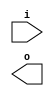
module buffer( i , o );
  input i ;
  output o ;
endmodule
module inverter( i , o );
  input i ;
  output o ;
endmodule
module top( x0 , x1 , x2 , x3 , x4 , x5 , x6 , x7 , x8 , x9 , x10 , x11 , x12 , x13 , x14 , x15 , x16 , x17 , x18 , x19 , x20 , x21 , x22 , x23 , x24 , x25 , x26 , y0 , y1 , y2 , y3 , y4 , y5 );
  input x0 , x1 , x2 , x3 , x4 , x5 , x6 , x7 , x8 , x9 , x10 , x11 , x12 , x13 , x14 , x15 , x16 , x17 , x18 , x19 , x20 , x21 , x22 , x23 , x24 , x25 , x26 ;
  output y0 , y1 , y2 , y3 , y4 , y5 ;
  wire n28 , n29 , n30 , n31 , n32 , n33 , n34 , n35 , n36 , n37 , n38 , n39 , n40 , n41 , n42 , n43 , n44 , n45 , n46 , n47 , n48 , n49 , n50 , n51 , n52 , n53 , n54 , n55 , n56 , n57 , n58 , n59 , n60 , n61 , n62 , n63 , n64 , n65 , n66 , n67 , n68 , n69 , n70 , n71 , n72 , n73 , n74 , n75 , n76 , n77 , n78 , n79 , n80 , n81 , n82 , n83 , n84 , n85 , n86 , n87 , n88 , n89 , n90 , n91 , n92 , n93 , n94 , n95 , n96 , n97 , n98 , n99 , n100 , n101 , n102 , n103 , n104 , n105 , n106 , n107 , n108 , n109 , n110 , n111 , n112 , n113 , n114 , n115 , n116 , n117 , n118 , n119 , n120 , n121 , n122 , n123 , n124 , n125 , n126 , n127 , n128 , n129 , n130 , n131 , n132 , n133 , n134 , n135 , n136 , n137 , n138 , n139 , n140 , n141 , n142 , n143 , n144 , n145 , n146 , n147 , n148 , n149 , n150 , n151 , n152 , n153 , n154 , n155 , n156 , n157 , n158 , n159 , n160 , n161 , n162 , n163 , n164 , n165 , n166 , n167 , n168 , n169 , n170 , n171 , n172 , n173 , n174 , n175 , n176 , n177 , n178 , n179 , n180 , n181 , n182 , n183 , n184 , n185 , n186 , n187 , n188 , n189 , n190 , n191 , n192 , n193 , n194 , n195 , n196 , n197 , n198 , n199 , n200 , n201 , n202 , n203 , n204 , n205 , n206 , n207 , n208 , n209 , n210 , n211 , n212 , n213 , n214 , n215 , n216 , n217 , n218 , n219 , n220 , n221 , n222 , n223 , n224 , n225 , n226 , n227 , n228 , n229 , n230 , n231 , n232 , n233 , n234 , n235 , n236 , n237 , n238 , n239 , n240 , n241 , n242 , n243 , n244 , n245 , n246 , n247 , n248 , n249 , n250 , n251 , n252 , n253 , n254 , n255 , n256 , n257 , n258 , n259 , n260 , n261 , n262 , n263 , n264 , n265 , n266 , n267 , n268 , n269 , n270 , n271 , n272 , n273 , n274 , n275 , n276 , n277 , n278 , n279 , n280 , n281 , n282 , n283 , n284 , n285 , n286 , n287 , n288 , n289 , n290 , n291 , n292 , n293 , n294 , n295 , n296 , n297 , n298 , n299 , n300 , n301 , n302 , n303 , n304 , n305 , n306 , n307 , n308 , n309 , n310 , n311 , n312 , n313 , n314 , n315 , n316 , n317 , n318 , n319 , n320 , n321 , n322 , n323 , n324 , n325 , n326 , n327 , n328 , n329 , n330 , n331 , n332 , n333 , n334 , n335 , n336 , n337 , n338 , n339 , n340 , n341 , n342 , n343 , n344 , n345 , n346 , n347 , n348 , n349 , n350 , n351 , n352 , n353 , n354 , n355 , n356 , n357 , n358 , n359 , n360 , n361 , n362 , n363 , n364 , n365 , n366 , n367 , n368 , n369 , n370 , n371 , n372 , n373 , n374 , n375 , n376 , n377 , n378 , n379 , n380 , n381 , n382 , n383 , n384 , n385 , n386 , n387 , n388 , n389 , n390 , n391 , n392 , n393 , n394 , n395 , n396 , n397 , n398 , n399 , n400 , n401 , n402 , n403 , n404 , n405 , n406 , n407 , n408 , n409 , n410 , n411 , n412 , n413 , n414 , n415 , n416 , n417 , n418 , n419 , n420 , n421 , n422 , n423 , n424 , n425 , n426 , n427 , n428 , n429 , n430 , n431 , n432 , n433 , n434 , n435 , n436 , n437 , n438 , n439 , n440 , n441 , n442 , n443 , n444 , n445 , n446 , n447 , n448 , n449 , n450 , n451 , n452 , n453 , n454 , n455 , n456 , n457 , n458 , n459 , n460 , n461 , n462 , n463 , n464 , n465 , n466 , n467 , n468 , n469 , n470 , n471 , n472 , n473 , n474 , n475 , n476 , n477 , n478 , n479 , n480 , n481 , n482 , n483 , n484 , n485 , n486 , n487 , n488 , n489 , n490 , n491 , n492 , n493 , n494 , n495 , n496 , n497 , n498 , n499 , n500 , n501 , n502 , n503 , n504 , n505 , n506 , n507 , n508 , n509 , n510 , n511 , n512 , n513 , n514 , n515 , n516 , n517 , n518 , n519 , n520 , n521 , n522 , n523 , n524 , n525 , n526 , n527 , n528 , n529 , n530 , n531 , n532 , n533 , n534 , n535 , n536 , n537 , n538 , n539 , n540 , n541 , n542 , n543 , n544 , n545 ;
  buffer buf_n56( .i (x2), .o (n56) );
  buffer buf_n57( .i (n56), .o (n57) );
  buffer buf_n58( .i (n57), .o (n58) );
  buffer buf_n59( .i (n58), .o (n59) );
  buffer buf_n60( .i (n59), .o (n60) );
  buffer buf_n61( .i (n60), .o (n61) );
  buffer buf_n62( .i (n61), .o (n62) );
  buffer buf_n63( .i (n62), .o (n63) );
  buffer buf_n64( .i (n63), .o (n64) );
  buffer buf_n65( .i (n64), .o (n65) );
  buffer buf_n66( .i (n65), .o (n66) );
  buffer buf_n67( .i (n66), .o (n67) );
  buffer buf_n43( .i (x1), .o (n43) );
  buffer buf_n44( .i (n43), .o (n44) );
  buffer buf_n45( .i (n44), .o (n45) );
  buffer buf_n46( .i (n45), .o (n46) );
  buffer buf_n47( .i (n46), .o (n47) );
  buffer buf_n48( .i (n47), .o (n48) );
  buffer buf_n49( .i (n48), .o (n49) );
  buffer buf_n50( .i (n49), .o (n50) );
  buffer buf_n51( .i (n50), .o (n51) );
  buffer buf_n52( .i (n51), .o (n52) );
  buffer buf_n53( .i (n52), .o (n53) );
  buffer buf_n70( .i (x3), .o (n70) );
  buffer buf_n71( .i (n70), .o (n71) );
  buffer buf_n72( .i (n71), .o (n72) );
  buffer buf_n73( .i (n72), .o (n73) );
  buffer buf_n74( .i (n73), .o (n74) );
  buffer buf_n75( .i (n74), .o (n75) );
  buffer buf_n76( .i (n75), .o (n76) );
  buffer buf_n77( .i (n76), .o (n77) );
  buffer buf_n78( .i (n77), .o (n78) );
  buffer buf_n79( .i (n78), .o (n79) );
  buffer buf_n80( .i (n79), .o (n80) );
  assign n240 = ( n53 & n66 ) | ( n53 & n80 ) | ( n66 & n80 ) ;
  buffer buf_n81( .i (x4), .o (n81) );
  buffer buf_n82( .i (n81), .o (n82) );
  buffer buf_n83( .i (n82), .o (n83) );
  buffer buf_n84( .i (n83), .o (n84) );
  buffer buf_n85( .i (n84), .o (n85) );
  buffer buf_n86( .i (n85), .o (n86) );
  buffer buf_n87( .i (n86), .o (n87) );
  buffer buf_n88( .i (n87), .o (n88) );
  buffer buf_n89( .i (n88), .o (n89) );
  buffer buf_n90( .i (n89), .o (n90) );
  buffer buf_n91( .i (n90), .o (n91) );
  assign n241 = n53 & ~n91 ;
  assign n242 = ( ~n67 & n240 ) | ( ~n67 & n241 ) | ( n240 & n241 ) ;
  buffer buf_n243( .i (n242), .o (n243) );
  buffer buf_n244( .i (n243), .o (n244) );
  buffer buf_n28( .i (x0), .o (n28) );
  buffer buf_n29( .i (n28), .o (n29) );
  buffer buf_n30( .i (n29), .o (n30) );
  buffer buf_n31( .i (n30), .o (n31) );
  buffer buf_n32( .i (n31), .o (n32) );
  buffer buf_n33( .i (n32), .o (n33) );
  buffer buf_n34( .i (n33), .o (n34) );
  buffer buf_n35( .i (n34), .o (n35) );
  buffer buf_n36( .i (n35), .o (n36) );
  buffer buf_n37( .i (n36), .o (n37) );
  buffer buf_n38( .i (n37), .o (n38) );
  buffer buf_n39( .i (n38), .o (n39) );
  buffer buf_n40( .i (n39), .o (n40) );
  buffer buf_n41( .i (n40), .o (n41) );
  assign n245 = ( ~n52 & n65 ) | ( ~n52 & n79 ) | ( n65 & n79 ) ;
  assign n246 = ~n52 & n90 ;
  assign n247 = ( ~n80 & n245 ) | ( ~n80 & n246 ) | ( n245 & n246 ) ;
  buffer buf_n116( .i (x8), .o (n116) );
  buffer buf_n117( .i (n116), .o (n117) );
  buffer buf_n118( .i (n117), .o (n118) );
  buffer buf_n119( .i (n118), .o (n119) );
  buffer buf_n120( .i (n119), .o (n120) );
  buffer buf_n112( .i (x7), .o (n112) );
  buffer buf_n113( .i (n112), .o (n113) );
  buffer buf_n114( .i (n113), .o (n114) );
  buffer buf_n115( .i (n114), .o (n115) );
  assign n248 = n115 & ~n119 ;
  buffer buf_n99( .i (x6), .o (n99) );
  buffer buf_n100( .i (n99), .o (n100) );
  buffer buf_n101( .i (n100), .o (n101) );
  assign n249 = ~n101 & n114 ;
  assign n250 = n119 & n249 ;
  assign n251 = ( n120 & n248 ) | ( n120 & ~n250 ) | ( n248 & ~n250 ) ;
  buffer buf_n252( .i (n251), .o (n252) );
  buffer buf_n253( .i (n252), .o (n253) );
  buffer buf_n92( .i (x5), .o (n92) );
  buffer buf_n93( .i (n92), .o (n93) );
  buffer buf_n94( .i (n93), .o (n94) );
  buffer buf_n95( .i (n94), .o (n95) );
  buffer buf_n96( .i (n95), .o (n96) );
  buffer buf_n97( .i (n96), .o (n97) );
  buffer buf_n98( .i (n97), .o (n98) );
  assign n260 = n98 | n252 ;
  buffer buf_n102( .i (n101), .o (n102) );
  buffer buf_n103( .i (n102), .o (n103) );
  buffer buf_n104( .i (n103), .o (n104) );
  buffer buf_n140( .i (x11), .o (n140) );
  buffer buf_n141( .i (n140), .o (n141) );
  buffer buf_n142( .i (n141), .o (n142) );
  buffer buf_n143( .i (n142), .o (n143) );
  buffer buf_n144( .i (n143), .o (n144) );
  buffer buf_n121( .i (x9), .o (n121) );
  buffer buf_n122( .i (n121), .o (n122) );
  buffer buf_n123( .i (n122), .o (n123) );
  buffer buf_n124( .i (n123), .o (n124) );
  buffer buf_n128( .i (x10), .o (n128) );
  buffer buf_n129( .i (n128), .o (n129) );
  buffer buf_n130( .i (n129), .o (n130) );
  buffer buf_n131( .i (n130), .o (n131) );
  assign n261 = n124 & ~n131 ;
  assign n262 = ( n103 & ~n144 ) | ( n103 & n261 ) | ( ~n144 & n261 ) ;
  assign n263 = ~n104 & n262 ;
  buffer buf_n151( .i (x12), .o (n151) );
  buffer buf_n152( .i (n151), .o (n152) );
  buffer buf_n153( .i (n152), .o (n153) );
  buffer buf_n154( .i (n153), .o (n154) );
  buffer buf_n155( .i (n154), .o (n155) );
  assign n264 = n114 | n118 ;
  buffer buf_n265( .i (n264), .o (n265) );
  assign n272 = n155 & n265 ;
  assign n273 = n104 & n272 ;
  assign n274 = n263 | n273 ;
  assign n275 = ( ~n253 & n260 ) | ( ~n253 & n274 ) | ( n260 & n274 ) ;
  buffer buf_n276( .i (n275), .o (n276) );
  buffer buf_n277( .i (n276), .o (n277) );
  buffer buf_n278( .i (n277), .o (n278) );
  assign n279 = n38 & n277 ;
  assign n280 = ( n247 & n278 ) | ( n247 & n279 ) | ( n278 & n279 ) ;
  buffer buf_n281( .i (n280), .o (n281) );
  assign n282 = ( n41 & n243 ) | ( n41 & ~n281 ) | ( n243 & ~n281 ) ;
  buffer buf_n105( .i (n104), .o (n105) );
  buffer buf_n158( .i (x13), .o (n158) );
  buffer buf_n159( .i (n158), .o (n159) );
  buffer buf_n160( .i (n159), .o (n160) );
  buffer buf_n161( .i (n160), .o (n161) );
  buffer buf_n162( .i (n161), .o (n162) );
  buffer buf_n163( .i (n162), .o (n163) );
  buffer buf_n164( .i (x14), .o (n164) );
  assign n283 = ~n128 & n164 ;
  assign n284 = ~n141 & n283 ;
  buffer buf_n285( .i (n284), .o (n285) );
  buffer buf_n286( .i (n285), .o (n286) );
  buffer buf_n287( .i (n286), .o (n287) );
  assign n288 = ( n115 & n119 ) | ( n115 & n285 ) | ( n119 & n285 ) ;
  assign n289 = n162 & ~n288 ;
  assign n290 = ( n163 & n287 ) | ( n163 & ~n289 ) | ( n287 & ~n289 ) ;
  assign n291 = ~n113 & n159 ;
  assign n292 = ~n118 & n291 ;
  buffer buf_n293( .i (n292), .o (n293) );
  buffer buf_n294( .i (n293), .o (n294) );
  buffer buf_n295( .i (n294), .o (n295) );
  assign n296 = ( ~n105 & n290 ) | ( ~n105 & n295 ) | ( n290 & n295 ) ;
  buffer buf_n169( .i (x15), .o (n169) );
  buffer buf_n170( .i (n169), .o (n170) );
  buffer buf_n171( .i (n170), .o (n171) );
  buffer buf_n172( .i (n171), .o (n172) );
  buffer buf_n173( .i (n172), .o (n173) );
  assign n297 = n173 & n265 ;
  assign n298 = ( n104 & n294 ) | ( n104 & n297 ) | ( n294 & n297 ) ;
  buffer buf_n299( .i (n298), .o (n299) );
  assign n300 = n296 | n299 ;
  buffer buf_n301( .i (n300), .o (n301) );
  buffer buf_n302( .i (n301), .o (n302) );
  buffer buf_n303( .i (n302), .o (n303) );
  buffer buf_n304( .i (n303), .o (n304) );
  buffer buf_n305( .i (n304), .o (n305) );
  assign n306 = n281 | n305 ;
  assign n307 = ( n244 & ~n282 ) | ( n244 & n306 ) | ( ~n282 & n306 ) ;
  buffer buf_n308( .i (n307), .o (n308) );
  buffer buf_n309( .i (n308), .o (n309) );
  buffer buf_n310( .i (n309), .o (n310) );
  buffer buf_n182( .i (x17), .o (n182) );
  buffer buf_n183( .i (n182), .o (n183) );
  buffer buf_n184( .i (n183), .o (n184) );
  buffer buf_n185( .i (n184), .o (n185) );
  buffer buf_n174( .i (x16), .o (n174) );
  buffer buf_n175( .i (n174), .o (n175) );
  buffer buf_n176( .i (n175), .o (n176) );
  buffer buf_n198( .i (x22), .o (n198) );
  buffer buf_n199( .i (n198), .o (n199) );
  buffer buf_n192( .i (x20), .o (n192) );
  buffer buf_n194( .i (x21), .o (n194) );
  assign n311 = ( ~n192 & n194 ) | ( ~n192 & n198 ) | ( n194 & n198 ) ;
  buffer buf_n189( .i (x19), .o (n189) );
  assign n312 = n189 & ~n192 ;
  assign n313 = ( ~n199 & n311 ) | ( ~n199 & n312 ) | ( n311 & n312 ) ;
  assign n314 = ( n176 & ~n184 ) | ( n176 & n313 ) | ( ~n184 & n313 ) ;
  buffer buf_n187( .i (x18), .o (n187) );
  buffer buf_n188( .i (n187), .o (n188) );
  assign n315 = ~n175 & n188 ;
  buffer buf_n316( .i (n315), .o (n316) );
  assign n317 = ( n185 & n314 ) | ( n185 & ~n316 ) | ( n314 & ~n316 ) ;
  buffer buf_n318( .i (n317), .o (n318) );
  buffer buf_n319( .i (n318), .o (n319) );
  buffer buf_n320( .i (n319), .o (n320) );
  buffer buf_n321( .i (n320), .o (n321) );
  buffer buf_n322( .i (n321), .o (n322) );
  buffer buf_n323( .i (n322), .o (n323) );
  assign n324 = n277 & n323 ;
  buffer buf_n325( .i (n324), .o (n325) );
  buffer buf_n326( .i (n325), .o (n326) );
  buffer buf_n195( .i (n194), .o (n195) );
  buffer buf_n196( .i (n195), .o (n196) );
  buffer buf_n193( .i (n192), .o (n193) );
  assign n327 = ( n193 & n195 ) | ( n193 & n199 ) | ( n195 & n199 ) ;
  buffer buf_n190( .i (n189), .o (n190) );
  assign n328 = ~n190 & n193 ;
  assign n329 = ( ~n196 & n327 ) | ( ~n196 & n328 ) | ( n327 & n328 ) ;
  buffer buf_n330( .i (n329), .o (n330) );
  buffer buf_n331( .i (n330), .o (n331) );
  buffer buf_n177( .i (n176), .o (n177) );
  buffer buf_n178( .i (n177), .o (n178) );
  buffer buf_n186( .i (n185), .o (n186) );
  assign n332 = ( n178 & n186 ) | ( n178 & n330 ) | ( n186 & n330 ) ;
  assign n333 = n175 & ~n188 ;
  buffer buf_n334( .i (n333), .o (n334) );
  buffer buf_n335( .i (n334), .o (n335) );
  buffer buf_n336( .i (n335), .o (n336) );
  assign n337 = ( ~n331 & n332 ) | ( ~n331 & n336 ) | ( n332 & n336 ) ;
  buffer buf_n338( .i (n337), .o (n338) );
  buffer buf_n339( .i (n338), .o (n339) );
  buffer buf_n340( .i (n339), .o (n340) );
  buffer buf_n341( .i (n340), .o (n341) );
  buffer buf_n342( .i (n341), .o (n342) );
  buffer buf_n343( .i (n342), .o (n343) );
  assign n344 = ~n325 & n343 ;
  assign n345 = ( n305 & n326 ) | ( n305 & ~n344 ) | ( n326 & ~n344 ) ;
  buffer buf_n346( .i (n345), .o (n346) );
  buffer buf_n347( .i (n346), .o (n347) );
  buffer buf_n348( .i (n347), .o (n348) );
  buffer buf_n349( .i (n348), .o (n349) );
  assign n350 = n44 & n71 ;
  assign n351 = ( ~n30 & n58 ) | ( ~n30 & n350 ) | ( n58 & n350 ) ;
  assign n352 = n31 & n351 ;
  buffer buf_n353( .i (n352), .o (n353) );
  buffer buf_n354( .i (n353), .o (n354) );
  buffer buf_n200( .i (x23), .o (n200) );
  buffer buf_n201( .i (n200), .o (n201) );
  buffer buf_n202( .i (n201), .o (n202) );
  assign n356 = n176 & n202 ;
  buffer buf_n357( .i (n356), .o (n357) );
  assign n358 = n162 & n357 ;
  assign n359 = ( n86 & ~n353 ) | ( n86 & n358 ) | ( ~n353 & n358 ) ;
  assign n360 = n354 & n359 ;
  buffer buf_n361( .i (n360), .o (n361) );
  buffer buf_n362( .i (n361), .o (n362) );
  buffer buf_n363( .i (n362), .o (n363) );
  buffer buf_n364( .i (n363), .o (n364) );
  buffer buf_n365( .i (n364), .o (n365) );
  buffer buf_n366( .i (n365), .o (n366) );
  buffer buf_n367( .i (n366), .o (n367) );
  assign n368 = n44 | n71 ;
  assign n369 = ( ~n30 & n58 ) | ( ~n30 & n368 ) | ( n58 & n368 ) ;
  assign n370 = n31 | n369 ;
  buffer buf_n371( .i (n370), .o (n371) );
  assign n372 = n176 | n202 ;
  buffer buf_n373( .i (n372), .o (n373) );
  assign n374 = n96 & ~n373 ;
  assign n375 = ( n86 & ~n371 ) | ( n86 & n374 ) | ( ~n371 & n374 ) ;
  assign n376 = ~n87 & n375 ;
  buffer buf_n377( .i (n376), .o (n377) );
  buffer buf_n378( .i (n377), .o (n378) );
  buffer buf_n379( .i (n378), .o (n379) );
  buffer buf_n380( .i (n379), .o (n380) );
  buffer buf_n381( .i (n380), .o (n381) );
  buffer buf_n382( .i (n381), .o (n382) );
  buffer buf_n106( .i (n105), .o (n106) );
  buffer buf_n107( .i (n106), .o (n107) );
  buffer buf_n108( .i (n107), .o (n108) );
  assign n383 = n173 & n357 ;
  assign n384 = n86 & n383 ;
  buffer buf_n385( .i (n384), .o (n385) );
  buffer buf_n386( .i (n385), .o (n386) );
  buffer buf_n266( .i (n265), .o (n266) );
  buffer buf_n267( .i (n266), .o (n267) );
  buffer buf_n268( .i (n267), .o (n268) );
  buffer buf_n355( .i (n354), .o (n355) );
  assign n387 = ( n268 & n355 ) | ( n268 & ~n385 ) | ( n355 & ~n385 ) ;
  assign n388 = n155 & ~n373 ;
  buffer buf_n389( .i (n85), .o (n389) );
  assign n390 = ( ~n371 & n388 ) | ( ~n371 & n389 ) | ( n388 & n389 ) ;
  assign n391 = ~n87 & n390 ;
  assign n392 = n268 & n391 ;
  assign n393 = ( n386 & n387 ) | ( n386 & n392 ) | ( n387 & n392 ) ;
  assign n394 = n108 & ~n393 ;
  buffer buf_n395( .i (n394), .o (n395) );
  buffer buf_n109( .i (n108), .o (n109) );
  buffer buf_n132( .i (n131), .o (n132) );
  buffer buf_n133( .i (n132), .o (n133) );
  buffer buf_n134( .i (n133), .o (n134) );
  buffer buf_n135( .i (n134), .o (n135) );
  buffer buf_n136( .i (n135), .o (n136) );
  buffer buf_n137( .i (n136), .o (n137) );
  buffer buf_n165( .i (n164), .o (n165) );
  buffer buf_n166( .i (n165), .o (n166) );
  buffer buf_n167( .i (n166), .o (n167) );
  buffer buf_n168( .i (n167), .o (n168) );
  assign n396 = n168 & n357 ;
  assign n397 = n389 & n396 ;
  buffer buf_n398( .i (n397), .o (n398) );
  buffer buf_n399( .i (n398), .o (n399) );
  buffer buf_n145( .i (n144), .o (n145) );
  buffer buf_n146( .i (n145), .o (n146) );
  buffer buf_n147( .i (n146), .o (n147) );
  assign n400 = ( n147 & ~n355 ) | ( n147 & n398 ) | ( ~n355 & n398 ) ;
  buffer buf_n125( .i (n124), .o (n125) );
  assign n401 = n125 & ~n373 ;
  assign n402 = ( ~n371 & n389 ) | ( ~n371 & n401 ) | ( n389 & n401 ) ;
  assign n403 = ~n87 & n402 ;
  assign n404 = ~n147 & n403 ;
  assign n405 = ( n399 & ~n400 ) | ( n399 & n404 ) | ( ~n400 & n404 ) ;
  assign n406 = ~n137 & n405 ;
  assign n407 = n109 | n406 ;
  assign n408 = ~n395 & n407 ;
  buffer buf_n409( .i (n408), .o (n409) );
  assign n410 = ( ~n366 & n382 ) | ( ~n366 & n409 ) | ( n382 & n409 ) ;
  buffer buf_n254( .i (n253), .o (n254) );
  buffer buf_n255( .i (n254), .o (n255) );
  buffer buf_n256( .i (n255), .o (n256) );
  buffer buf_n257( .i (n256), .o (n257) );
  buffer buf_n258( .i (n257), .o (n258) );
  buffer buf_n259( .i (n258), .o (n259) );
  assign n411 = n259 & ~n409 ;
  assign n412 = ( n367 & n410 ) | ( n367 & ~n411 ) | ( n410 & ~n411 ) ;
  buffer buf_n413( .i (n412), .o (n413) );
  buffer buf_n414( .i (n413), .o (n414) );
  buffer buf_n415( .i (n414), .o (n415) );
  assign n416 = n71 & n201 ;
  buffer buf_n417( .i (n416), .o (n417) );
  buffer buf_n418( .i (n417), .o (n418) );
  buffer buf_n419( .i (n418), .o (n419) );
  buffer buf_n420( .i (n419), .o (n420) );
  buffer buf_n421( .i (n420), .o (n421) );
  buffer buf_n422( .i (n421), .o (n422) );
  buffer buf_n423( .i (n422), .o (n423) );
  assign n424 = ( n90 & ~n301 ) | ( n90 & n423 ) | ( ~n301 & n423 ) ;
  assign n425 = n302 & n424 ;
  buffer buf_n426( .i (n425), .o (n426) );
  buffer buf_n427( .i (n426), .o (n427) );
  buffer buf_n54( .i (n53), .o (n54) );
  buffer buf_n55( .i (n54), .o (n55) );
  assign n428 = n28 & n56 ;
  buffer buf_n429( .i (n428), .o (n429) );
  buffer buf_n430( .i (n429), .o (n430) );
  buffer buf_n431( .i (n430), .o (n431) );
  buffer buf_n432( .i (n431), .o (n432) );
  buffer buf_n433( .i (n432), .o (n433) );
  buffer buf_n434( .i (n433), .o (n434) );
  buffer buf_n435( .i (n434), .o (n435) );
  buffer buf_n436( .i (n435), .o (n436) );
  buffer buf_n437( .i (n436), .o (n437) );
  buffer buf_n438( .i (n437), .o (n438) );
  buffer buf_n439( .i (n438), .o (n439) );
  assign n440 = ( n55 & ~n426 ) | ( n55 & n439 ) | ( ~n426 & n439 ) ;
  assign n441 = n427 & n440 ;
  buffer buf_n442( .i (n441), .o (n442) );
  buffer buf_n443( .i (n442), .o (n443) );
  buffer buf_n444( .i (n443), .o (n444) );
  buffer buf_n445( .i (n444), .o (n445) );
  buffer buf_n42( .i (n41), .o (n42) );
  buffer buf_n68( .i (n67), .o (n68) );
  buffer buf_n69( .i (n68), .o (n69) );
  buffer buf_n446( .i (n70), .o (n446) );
  assign n447 = n201 | n446 ;
  buffer buf_n448( .i (n447), .o (n448) );
  buffer buf_n449( .i (n448), .o (n449) );
  buffer buf_n450( .i (n449), .o (n450) );
  buffer buf_n451( .i (n450), .o (n451) );
  buffer buf_n452( .i (n451), .o (n452) );
  buffer buf_n453( .i (n452), .o (n453) );
  buffer buf_n454( .i (n453), .o (n454) );
  buffer buf_n455( .i (n454), .o (n455) );
  assign n456 = ( n91 & n277 ) | ( n91 & n455 ) | ( n277 & n455 ) ;
  assign n457 = n278 & ~n456 ;
  assign n458 = ~n55 & n457 ;
  assign n459 = ( n41 & ~n69 ) | ( n41 & n458 ) | ( ~n69 & n458 ) ;
  assign n460 = ~n42 & n459 ;
  buffer buf_n461( .i (n460), .o (n461) );
  buffer buf_n462( .i (n461), .o (n462) );
  buffer buf_n463( .i (n462), .o (n463) );
  buffer buf_n203( .i (x24), .o (n203) );
  buffer buf_n204( .i (n203), .o (n204) );
  buffer buf_n205( .i (n204), .o (n205) );
  buffer buf_n206( .i (n205), .o (n206) );
  buffer buf_n207( .i (n206), .o (n207) );
  buffer buf_n208( .i (n207), .o (n208) );
  buffer buf_n209( .i (n208), .o (n209) );
  buffer buf_n210( .i (n209), .o (n210) );
  buffer buf_n211( .i (n210), .o (n211) );
  buffer buf_n212( .i (n211), .o (n212) );
  buffer buf_n213( .i (n212), .o (n213) );
  buffer buf_n214( .i (n213), .o (n214) );
  buffer buf_n215( .i (n214), .o (n215) );
  buffer buf_n216( .i (n215), .o (n216) );
  buffer buf_n217( .i (n216), .o (n217) );
  buffer buf_n218( .i (n217), .o (n218) );
  buffer buf_n219( .i (n218), .o (n219) );
  buffer buf_n220( .i (n219), .o (n220) );
  assign n464 = n45 & n429 ;
  buffer buf_n465( .i (n464), .o (n465) );
  buffer buf_n466( .i (n465), .o (n466) );
  assign n467 = n82 & n446 ;
  buffer buf_n468( .i (n175), .o (n468) );
  assign n469 = n467 & n468 ;
  buffer buf_n470( .i (n469), .o (n470) );
  assign n471 = ( n162 & ~n465 ) | ( n162 & n470 ) | ( ~n465 & n470 ) ;
  assign n472 = n466 & n471 ;
  buffer buf_n473( .i (n472), .o (n473) );
  buffer buf_n474( .i (n473), .o (n474) );
  buffer buf_n191( .i (n190), .o (n191) );
  assign n475 = n188 & n193 ;
  assign n476 = ( ~n184 & n191 ) | ( ~n184 & n475 ) | ( n191 & n475 ) ;
  assign n477 = n185 & n476 ;
  buffer buf_n197( .i (n196), .o (n197) );
  buffer buf_n238( .i (x26), .o (n238) );
  buffer buf_n239( .i (n238), .o (n239) );
  assign n478 = n199 & n239 ;
  assign n479 = ( ~n196 & n202 ) | ( ~n196 & n478 ) | ( n202 & n478 ) ;
  assign n480 = n197 & n479 ;
  assign n481 = n477 & n480 ;
  buffer buf_n482( .i (n481), .o (n482) );
  buffer buf_n483( .i (n482), .o (n483) );
  assign n484 = ( n253 & n473 ) | ( n253 & ~n483 ) | ( n473 & ~n483 ) ;
  assign n485 = n188 | n193 ;
  assign n486 = ( ~n184 & n191 ) | ( ~n184 & n485 ) | ( n191 & n485 ) ;
  assign n487 = n185 | n486 ;
  assign n488 = n199 | n239 ;
  assign n489 = ( ~n196 & n202 ) | ( ~n196 & n488 ) | ( n202 & n488 ) ;
  assign n490 = n197 | n489 ;
  assign n491 = n487 | n490 ;
  buffer buf_n492( .i (n491), .o (n492) );
  assign n496 = n82 | n446 ;
  buffer buf_n497( .i (n496), .o (n497) );
  assign n499 = n177 | n497 ;
  assign n500 = n96 & ~n499 ;
  assign n501 = n29 | n57 ;
  assign n502 = n45 | n501 ;
  buffer buf_n503( .i (n502), .o (n503) );
  buffer buf_n504( .i (n503), .o (n504) );
  assign n505 = n500 & ~n504 ;
  assign n506 = ~n492 & n505 ;
  assign n507 = ~n253 & n506 ;
  assign n508 = ( n474 & ~n484 ) | ( n474 & n507 ) | ( ~n484 & n507 ) ;
  buffer buf_n509( .i (n508), .o (n509) );
  buffer buf_n510( .i (n509), .o (n510) );
  buffer buf_n511( .i (n510), .o (n511) );
  buffer buf_n512( .i (n511), .o (n512) );
  buffer buf_n513( .i (n512), .o (n513) );
  buffer buf_n110( .i (n109), .o (n110) );
  buffer buf_n111( .i (n110), .o (n111) );
  buffer buf_n138( .i (n137), .o (n138) );
  buffer buf_n139( .i (n138), .o (n139) );
  buffer buf_n148( .i (n147), .o (n148) );
  buffer buf_n149( .i (n148), .o (n149) );
  buffer buf_n150( .i (n149), .o (n150) );
  buffer buf_n493( .i (n492), .o (n493) );
  buffer buf_n494( .i (n493), .o (n494) );
  buffer buf_n495( .i (n494), .o (n495) );
  assign n514 = ( n168 & ~n465 ) | ( n168 & n470 ) | ( ~n465 & n470 ) ;
  assign n515 = n466 & n514 ;
  assign n516 = n482 & n515 ;
  buffer buf_n517( .i (n516), .o (n517) );
  buffer buf_n518( .i (n517), .o (n518) );
  buffer buf_n179( .i (n178), .o (n179) );
  buffer buf_n180( .i (n179), .o (n180) );
  buffer buf_n181( .i (n180), .o (n181) );
  buffer buf_n126( .i (n125), .o (n126) );
  buffer buf_n127( .i (n126), .o (n127) );
  buffer buf_n498( .i (n497), .o (n498) );
  assign n519 = n498 | n503 ;
  buffer buf_n520( .i (n519), .o (n520) );
  assign n521 = ( n127 & n180 ) | ( n127 & ~n520 ) | ( n180 & ~n520 ) ;
  assign n522 = ~n181 & n521 ;
  assign n523 = n517 | n522 ;
  assign n524 = ( ~n495 & n518 ) | ( ~n495 & n523 ) | ( n518 & n523 ) ;
  assign n525 = ~n150 & n524 ;
  assign n526 = ~n139 & n525 ;
  assign n527 = n111 | n526 ;
  buffer buf_n269( .i (n268), .o (n269) );
  buffer buf_n270( .i (n269), .o (n270) );
  buffer buf_n271( .i (n270), .o (n271) );
  assign n528 = ( n173 & ~n465 ) | ( n173 & n470 ) | ( ~n465 & n470 ) ;
  assign n529 = n466 & n528 ;
  assign n530 = n482 & n529 ;
  buffer buf_n531( .i (n530), .o (n531) );
  buffer buf_n532( .i (n531), .o (n532) );
  buffer buf_n156( .i (n155), .o (n156) );
  buffer buf_n157( .i (n156), .o (n157) );
  assign n533 = ( n157 & n180 ) | ( n157 & ~n520 ) | ( n180 & ~n520 ) ;
  assign n534 = ~n181 & n533 ;
  assign n535 = n531 | n534 ;
  assign n536 = ( ~n495 & n532 ) | ( ~n495 & n535 ) | ( n532 & n535 ) ;
  assign n537 = n271 & n536 ;
  assign n538 = n110 & ~n537 ;
  buffer buf_n539( .i (n538), .o (n539) );
  assign n540 = n527 & ~n539 ;
  assign n541 = n513 | n540 ;
  buffer buf_n542( .i (n541), .o (n542) );
  buffer buf_n543( .i (n542), .o (n543) );
  buffer buf_n221( .i (x25), .o (n221) );
  buffer buf_n222( .i (n221), .o (n222) );
  buffer buf_n223( .i (n222), .o (n223) );
  buffer buf_n224( .i (n223), .o (n224) );
  buffer buf_n225( .i (n224), .o (n225) );
  buffer buf_n226( .i (n225), .o (n226) );
  buffer buf_n227( .i (n226), .o (n227) );
  buffer buf_n228( .i (n227), .o (n228) );
  buffer buf_n229( .i (n228), .o (n229) );
  buffer buf_n230( .i (n229), .o (n230) );
  buffer buf_n231( .i (n230), .o (n231) );
  buffer buf_n232( .i (n231), .o (n232) );
  buffer buf_n233( .i (n232), .o (n233) );
  buffer buf_n234( .i (n233), .o (n234) );
  buffer buf_n235( .i (n234), .o (n235) );
  buffer buf_n236( .i (n235), .o (n236) );
  buffer buf_n237( .i (n236), .o (n237) );
  assign n544 = ~n237 & n542 ;
  assign n545 = ( ~n220 & n543 ) | ( ~n220 & n544 ) | ( n543 & n544 ) ;
  assign y0 = n310 ;
  assign y1 = n349 ;
  assign y2 = n415 ;
  assign y3 = n445 ;
  assign y4 = n463 ;
  assign y5 = n545 ;
endmodule